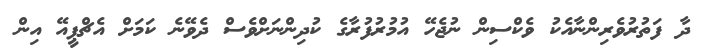
ދާ ފަތުރުވެރިންނާއެކު ވެކްސިން ނުޖެހޭ އުމުރުފުރާގެ ކުދިންނަށްވެސް ދެވޭނެ ކަމަށް އެޗްޕީއޭ އިން